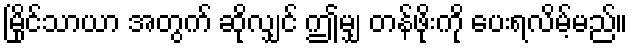
မြိုင်သာယာ အတွက် ဆိုလျှင် ဤမျှ တန်ဖိုးကို ပေးရလိမ့်မည်။